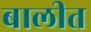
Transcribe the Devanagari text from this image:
बालीत